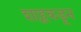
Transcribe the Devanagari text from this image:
शाहूकडून